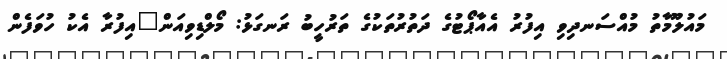
މައުލޫމާތު މުއްސަނދިވި އިފުރު އެއާޕޯޓުގެ ދަތުރުތަކުގެ ތަރުހީބު ރަނގަޅު: މޯލްޑިވިއަން"އިފުރާ އެކު ހުވަފެން